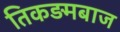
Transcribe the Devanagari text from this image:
तिकड़मबाज